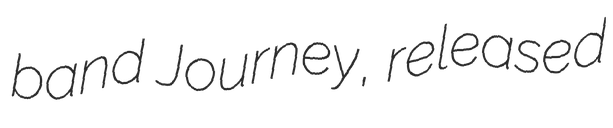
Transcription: band Journey, released